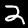
Label: 2